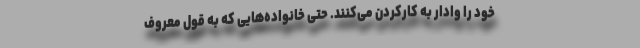
خود را وادار به کارکردن می‌کنند. حتی خانواده‌هایی که به قول معروف